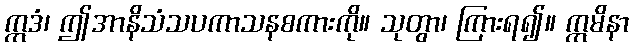
ဣဒံ၊ ဤအာနိသံသပကာသနစကားကို။ သုတွာ၊ ကြားရ၍။ ဣမိနာ